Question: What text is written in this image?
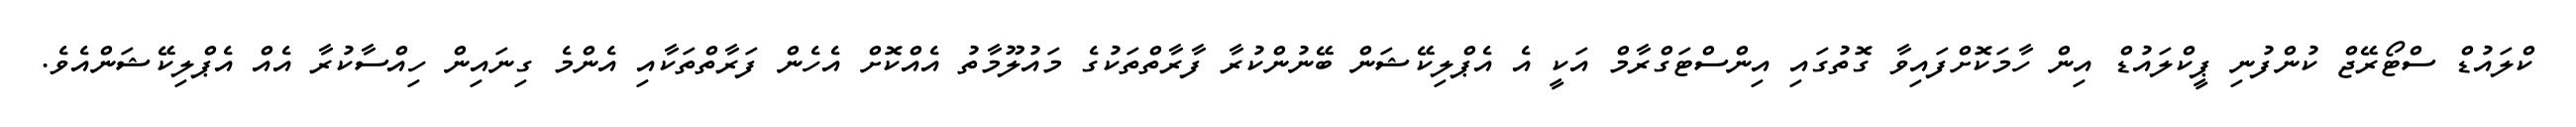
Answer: ކްލައުޑް ސްޓޯރޭޖް ކުންފުނި ޕީކްލައުޑް އިން ހާމަކޮށްފައިވާ ގޮތުގައި އިންސްޓަގްރާމް އަކީ އެ އެޕްލިކޭޝަން ބޭނުންކުރާ ފާރާތްތަކުގެ މައުލޫމާތު އެއްކޮށް އެހެން ފަރާތްތަކާއި އެންމެ ގިނައިން ހިއްސާކުރާ އެއް އެޕްލިކޭޝަންއެވެ.